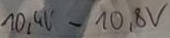
Text: 10,4V-10,8V